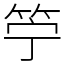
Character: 䇡